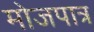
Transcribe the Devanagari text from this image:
मोजपात्र